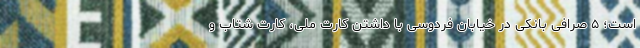
است؛ ۵ صرافی بانکی در خیابان فردوسی با داشتن کارت ملی، کارت شتاب و